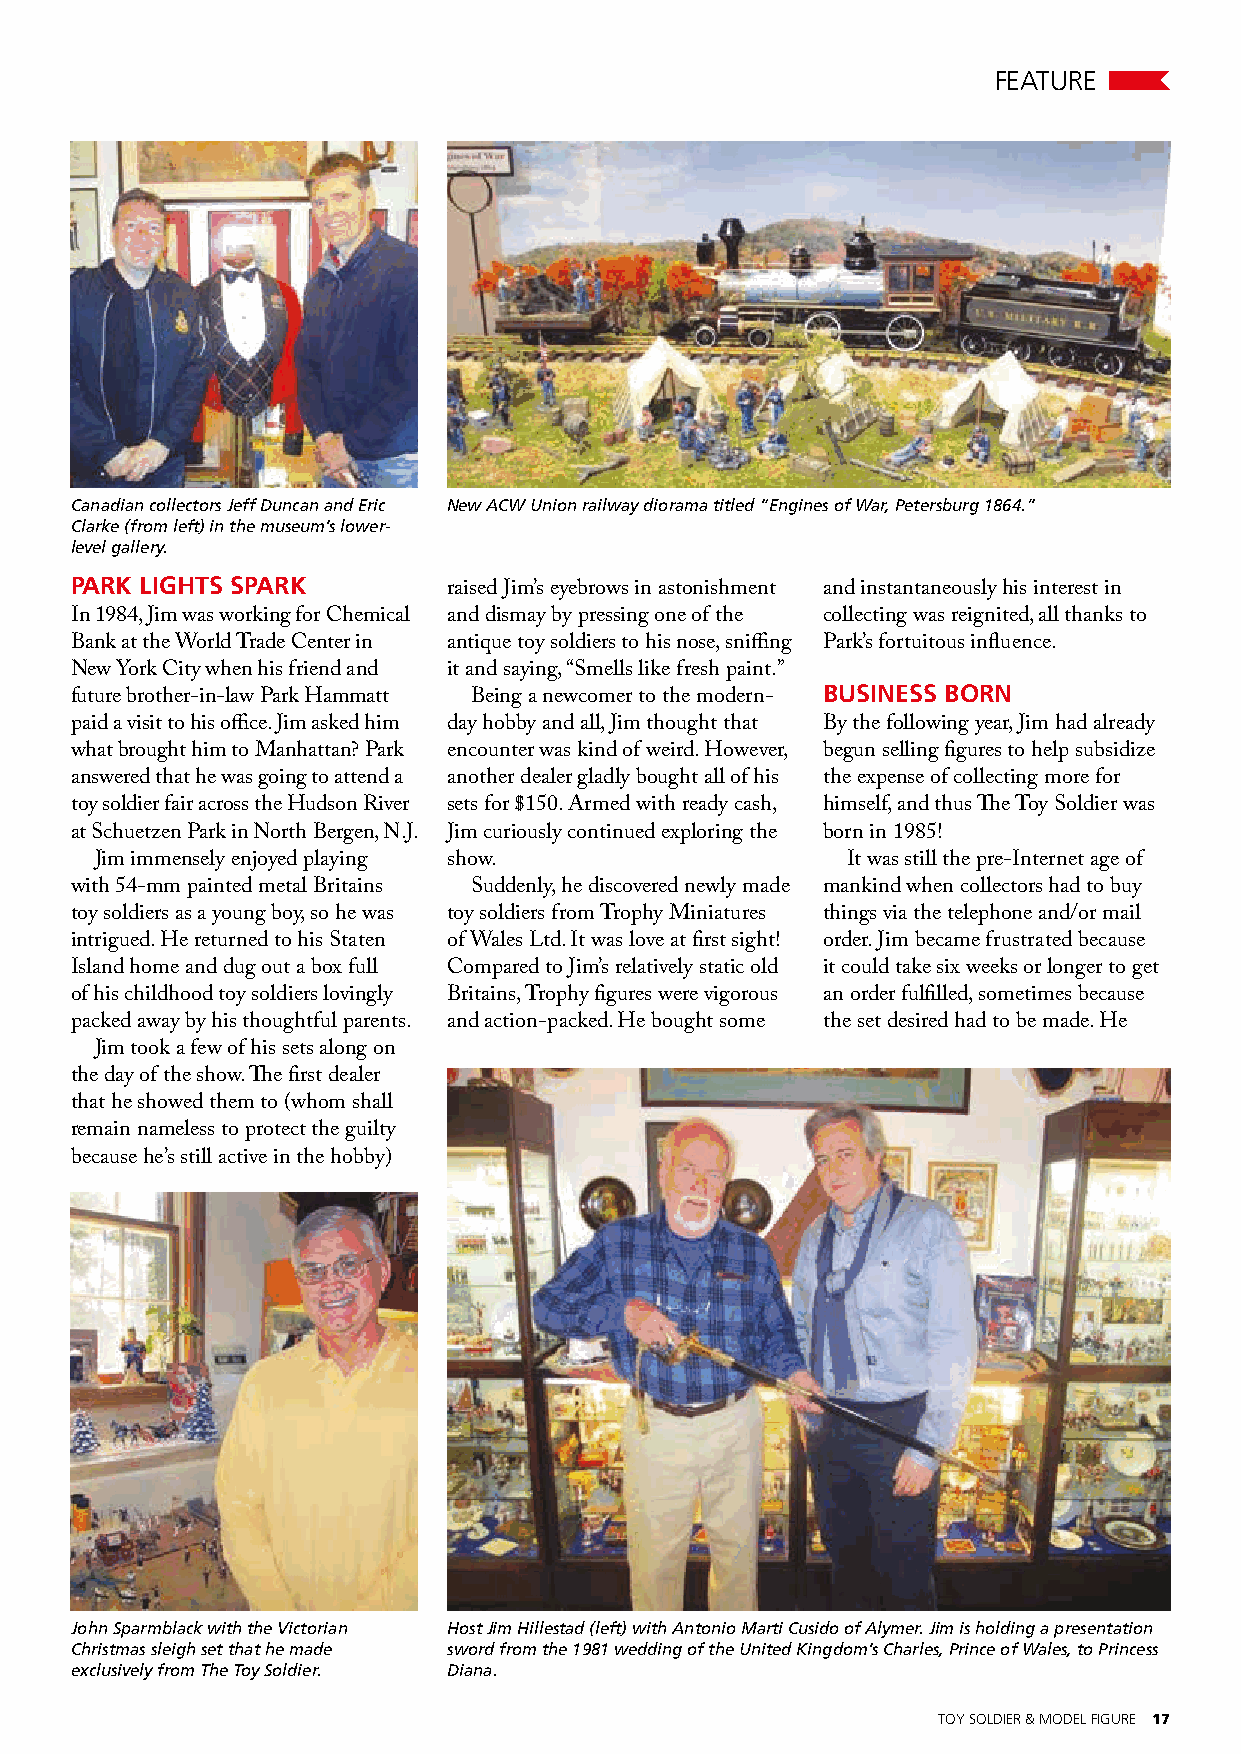
FEATURE
 Canadian collectors Jeff Duncan and Eric New ACW Union railway diorama titled “Engines of War, Petersburg 1864.”
 Clarke (from left) in the museum’s lower-
 level gallery.
 PARK LIGHTS SPARK
 raised Jim’s eyebrows in astonishment and instantaneously his interest in
 In 1984, Jim was working for Chemical and dismay by pressing one of the collecting was reignited, all thanks to
 Bank at the World Trade Center in antique toy soldiers to his nose, sniffing Park’s fortuitous influence.
 New York City when his friend and it and saying, “Smells like fresh paint.”
 BUSINESS BORN
 future brother-in-law Park Hammatt Being a newcomer to the modern-
 paid a visit to his office. Jim asked him day hobby and all, Jim thought that By the following year, Jim had already
 what brought him to Manhattan? Park encounter was kind of weird. However, begun selling figures to help subsidize
 answered that he was going to attend a another dealer gladly bought all of his the expense of collecting more for
 toy soldier fair across the Hudson River sets for $150. Armed with ready cash, himself, and thus The Toy Soldier was
 at Schuetzen Park in North Bergen, N.J. Jim curiously continued exploring the born in 1985!
 Jim immensely enjoyed playing show.               It was still the pre-Internet age of
 with 54-mm painted metal Britains Suddenly, he discovered newly made mankind when collectors had to buy
 toy soldiers as a young boy, so he was toy soldiers from Trophy Miniatures things via the telephone and/or mail
 intrigued. He returned to his Staten of Wales Ltd. It was love at first sight! order. Jim became frustrated because
 Island home and dug out a box full Compared to Jim’s relatively static old it could take six weeks or longer to get
 of his childhood toy soldiers lovingly Britains, Trophy figures were vigorous an order fulfilled, sometimes because
 packed away by his thoughtful parents. and action-packed. He bought some the set desired had to be made. He
 Jim took a few of his sets along on
 the day of the show. The first dealer
 that he showed them to (whom shall
 remain nameless to protect the guilty
 because he’s still active in the hobby)
 John Sparmblack with the Victorian Host Jim Hillestad (left) with Antonio Marti Cusido of Alymer. Jim is holding a presentation
 Christmas sleigh set that he made sword from the 1981 wedding of the United Kingdom’s Charles, Prince of Wales, to Princess
 exclusively from The Toy Soldier. Diana.
 TOY SOLDIER & MODEL FIGURE 17